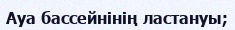
Ауа бассейнінің ластануы;